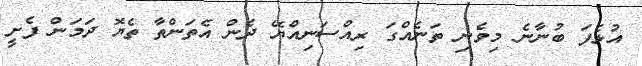
އުޅެފަ ބުނާނެ މިވެނި ތަނެއްގަ ރިއްސަނިއްޔޭ ދެން އެތަންތާ ތެޔޮ ދަމަން ފެށީ